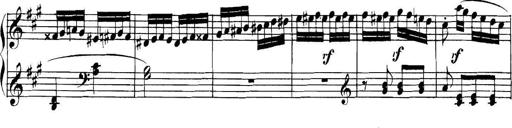
Title: Collected Piano Sonatas
Composer: Muzio Clementi